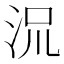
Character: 𬇡